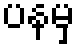
ပနမှ